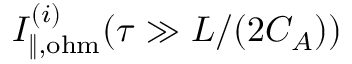
I _ { \| , \mathrm { o h m } } ^ { ( i ) } ( \tau \gg L / ( 2 C _ { A } ) )